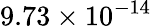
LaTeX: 9.73\times 10^{-14}